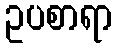
ဥပစာရာ